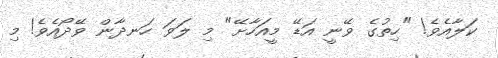
ކަލާއެވެ! "ހިތުގެ ވޭނީ އަޑޭ މީއަހާށޭ" މި ލަވަ ހަނދާން ވޭދޯއެވެ! މި